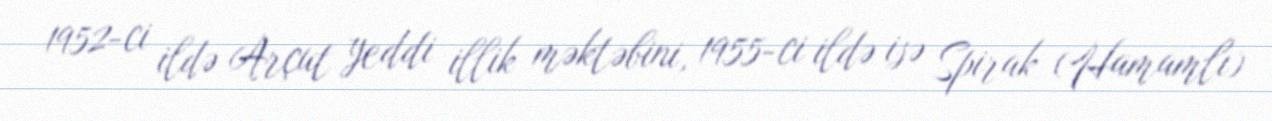
1952-ci ildə Arçut yeddi illik məktəbini, 1955-ci ildə isə Spirak (Hamamlı)